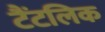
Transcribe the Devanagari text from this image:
टैंटलिक